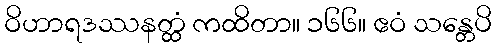
ဝိဟာရဒဿနတ္ထံ ကထိတာ။ ၁၆၆။ ဧဝံ သန္တေပိ